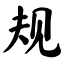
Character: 规